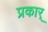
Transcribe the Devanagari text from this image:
प्रकार्